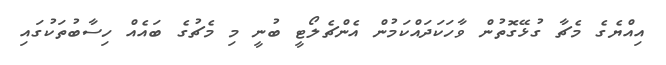
އިއްޔެގެ މެޗާ ގުޅޭގޮތުން ވާހަކަދައްކަމުން އެންޗެލޯޓީ ބުނީ މި މެޗުގެ ބައެއް ހިސާބުތަކުގައި